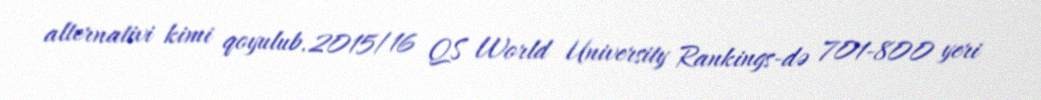
alternativi kimi qoyulub.2015/16 QS World University Rankings-də 701-800 yeri